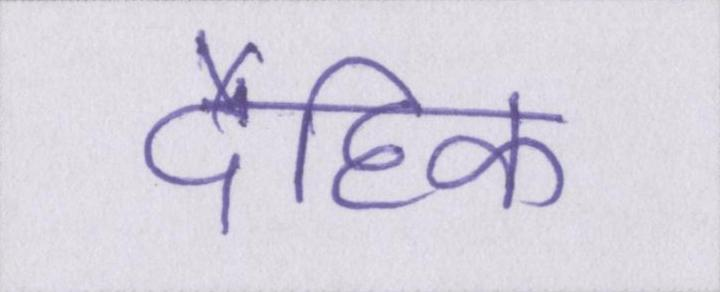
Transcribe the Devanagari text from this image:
दैहिक